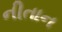
નીતાન